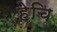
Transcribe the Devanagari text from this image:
हेचि